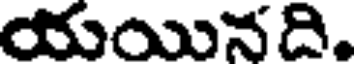
యయినది.